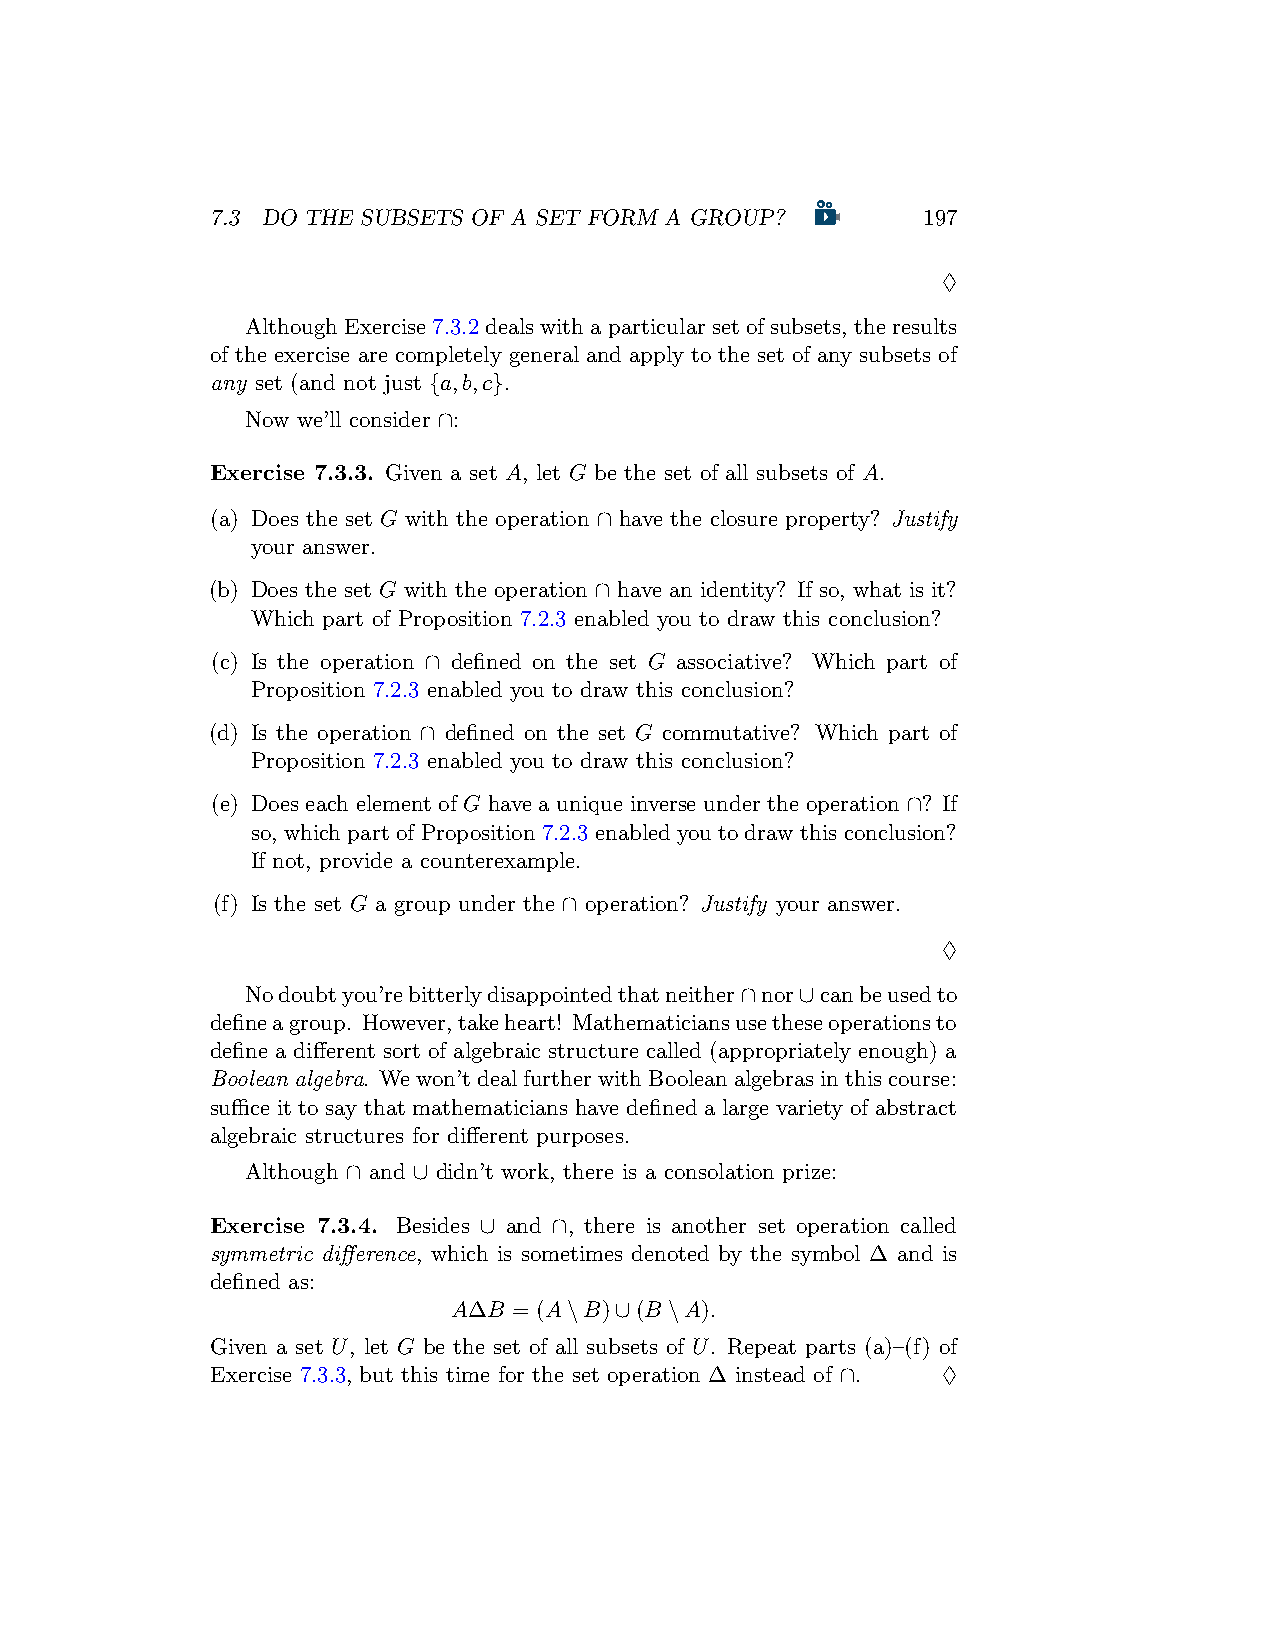
7.3 DO THE SUBSETS OF A SET FORM A GROUP?      197
 ♢
 AlthoughExercise7.3.2dealswithaparticularsetofsubsets, theresults
 of the exercise are completely general and apply to the set of any subsets of
 any set (and not just {a,b,c}.
 Now we’ll consider ∩:
 Exercise 7.3.3. Given a set A, let G be the set of all subsets of A.
 (a) Does the set G with the operation ∩ have the closure property? Justify
 your answer.
 (b) Does the set G with the operation ∩ have an identity? If so, what is it?
 Which part of Proposition 7.2.3 enabled you to draw this conclusion?
 (c) Is the operation ∩ defined on the set G associative? Which part of
 Proposition 7.2.3 enabled you to draw this conclusion?
 (d) Is the operation ∩ defined on the set G commutative? Which part of
 Proposition 7.2.3 enabled you to draw this conclusion?
 (e) Does each element of G have a unique inverse under the operation ∩? If
 so, which part of Proposition 7.2.3 enabled you to draw this conclusion?
 If not, provide a counterexample.
 (f) Is the set G a group under the ∩ operation? Justify your answer.
 ♢
 Nodoubtyou’rebitterlydisappointedthatneither∩nor∪canbeusedto
 defineagroup. However,takeheart! Mathematiciansusetheseoperationsto
 define a different sort of algebraic structure called (appropriately enough) a
 Boolean algebra. Wewon’tdealfurtherwithBooleanalgebrasinthiscourse:
 suffice it to say that mathematicians have defined a large variety of abstract
 algebraic structures for different purposes.
 Although ∩ and ∪ didn’t work, there is a consolation prize:
 Exercise 7.3.4. Besides ∪ and ∩, there is another set operation called
 symmetric difference, which is sometimes denoted by the symbol ∆ and is
 defined as:
 A∆B = (A\B)∪(B\A).
 Given a set U, let G be the set of all subsets of U. Repeat parts (a)–(f) of
 Exercise 7.3.3, but this time for the set operation ∆ instead of ∩. ♢